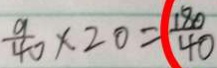
\frac { 9 } { 4 0 } \times 2 0 = \frac { 1 8 0 } { 4 0 }